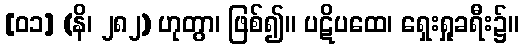
[၀၁] (နိ၊ ၂၈၂) ဟုတွာ၊ ဖြစ်၍။ ပဋိပထေ၊ ရှေးရှုခရီး၌။